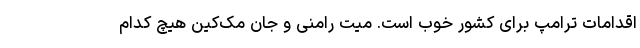
اقدامات ترامپ برای کشور خوب است. میت رامنی و جان مک‌کین هیچ کدام